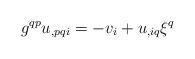
LaTeX: \begin{align*}g^{qp}u_{,pqi}=-v_i+u_{,iq}\xi^q\end{align*}